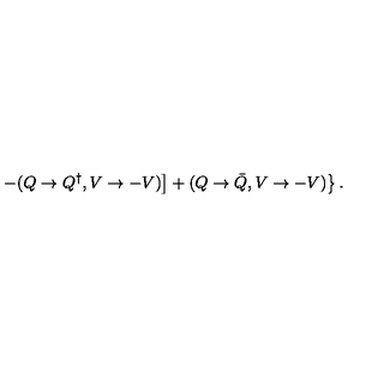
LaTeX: \left. \left. - ( Q \rightarrow Q ^ { \dagger } , V \rightarrow - V ) \right] + ( Q \rightarrow { \bar { Q } } , V \rightarrow - V ) \right\} .